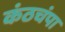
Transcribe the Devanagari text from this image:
कंठचंपा